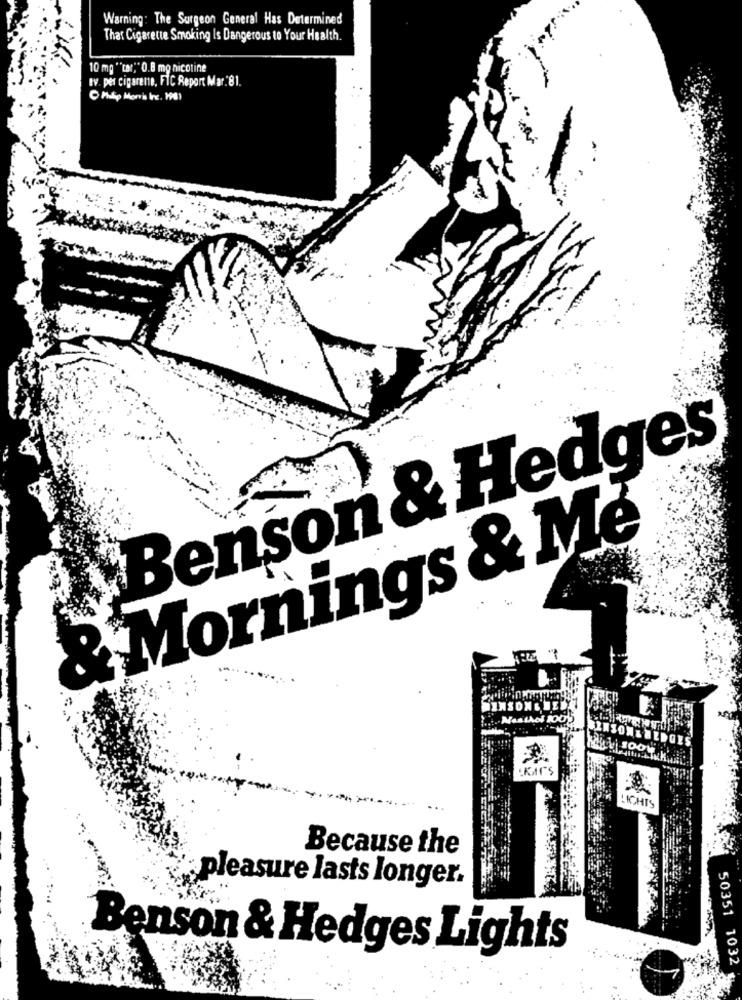
Warning: The Surgeon General Has Determined
That Cigarette Smoking Is Dangerous to Your Health.
10 mg ""tar" 0.8 mg nicotine
tv. per cigarene, FIC Report Mar.81.
Benson & Hedges
& Mornings & Me
ACHTS
Because the
pleasure lasts longer.
Benson & Hedges Lights
50351 1032